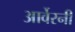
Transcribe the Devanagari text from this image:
आर्वेरनी